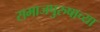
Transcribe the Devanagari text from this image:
समाजपुरुषाच्या